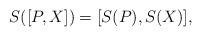
\begin{align*}S([P, X]) = [S(P), S(X)],\end{align*}